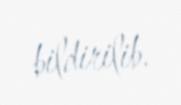
bildirilib.